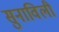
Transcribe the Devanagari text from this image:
सुनाविली